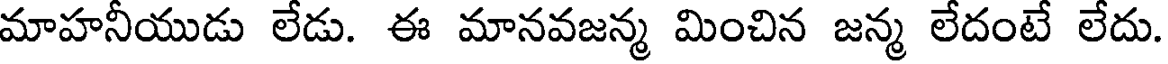
మాహనీయుడు లేడు. ఈ మానవజన్మ మించిన జన్మ లేదంటే లేదు.